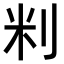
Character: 𫥾